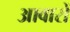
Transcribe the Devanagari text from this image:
आवारों